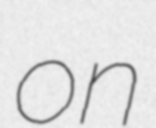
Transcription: on